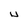
Character: U